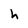
Character: h